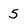
Character: 5